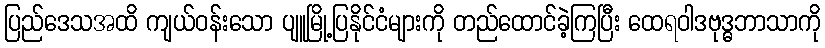
ပြည်ဒေသအထိ ကျယ်ဝန်းသော ပျူမြို့ပြနိုင်ငံများကို တည်ထောင်ခဲ့ကြပြီး ထေရဝါဒဗုဒ္ဓဘာသာကို